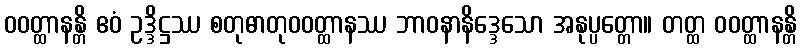
ဝဝတ္ထာနန္တိ ဧဝံ ဥဒ္ဒိဋ္ဌဿ စတုဓာတုဝဝတ္ထာနဿ ဘာဝနာနိဒ္ဒေသော အနုပ္ပတ္တော။ တတ္ထ ဝဝတ္ထာနန္တိ